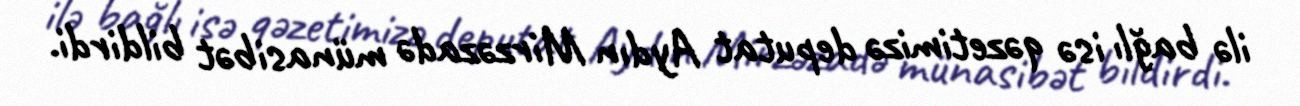
ilə bağlı isə qəzetimizə deputat Aydın Mirzəzadə münasibət bildirdi.